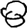
Digit: 8